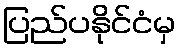
ပြည်ပနိုင်ငံမှ